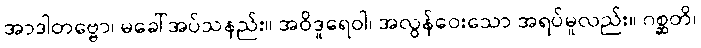
အာဒါတဗ္ဗော၊ မခေါ်အပ်သနည်း။ အဝိဒူရေဝါ၊ အလွန်ဝေးသော အရပ်မူလည်း။ ဂစ္ဆတိ၊